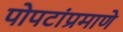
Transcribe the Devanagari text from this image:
पोपटांप्रमाणे